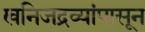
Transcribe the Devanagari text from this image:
खनिजद्रव्यांपासून